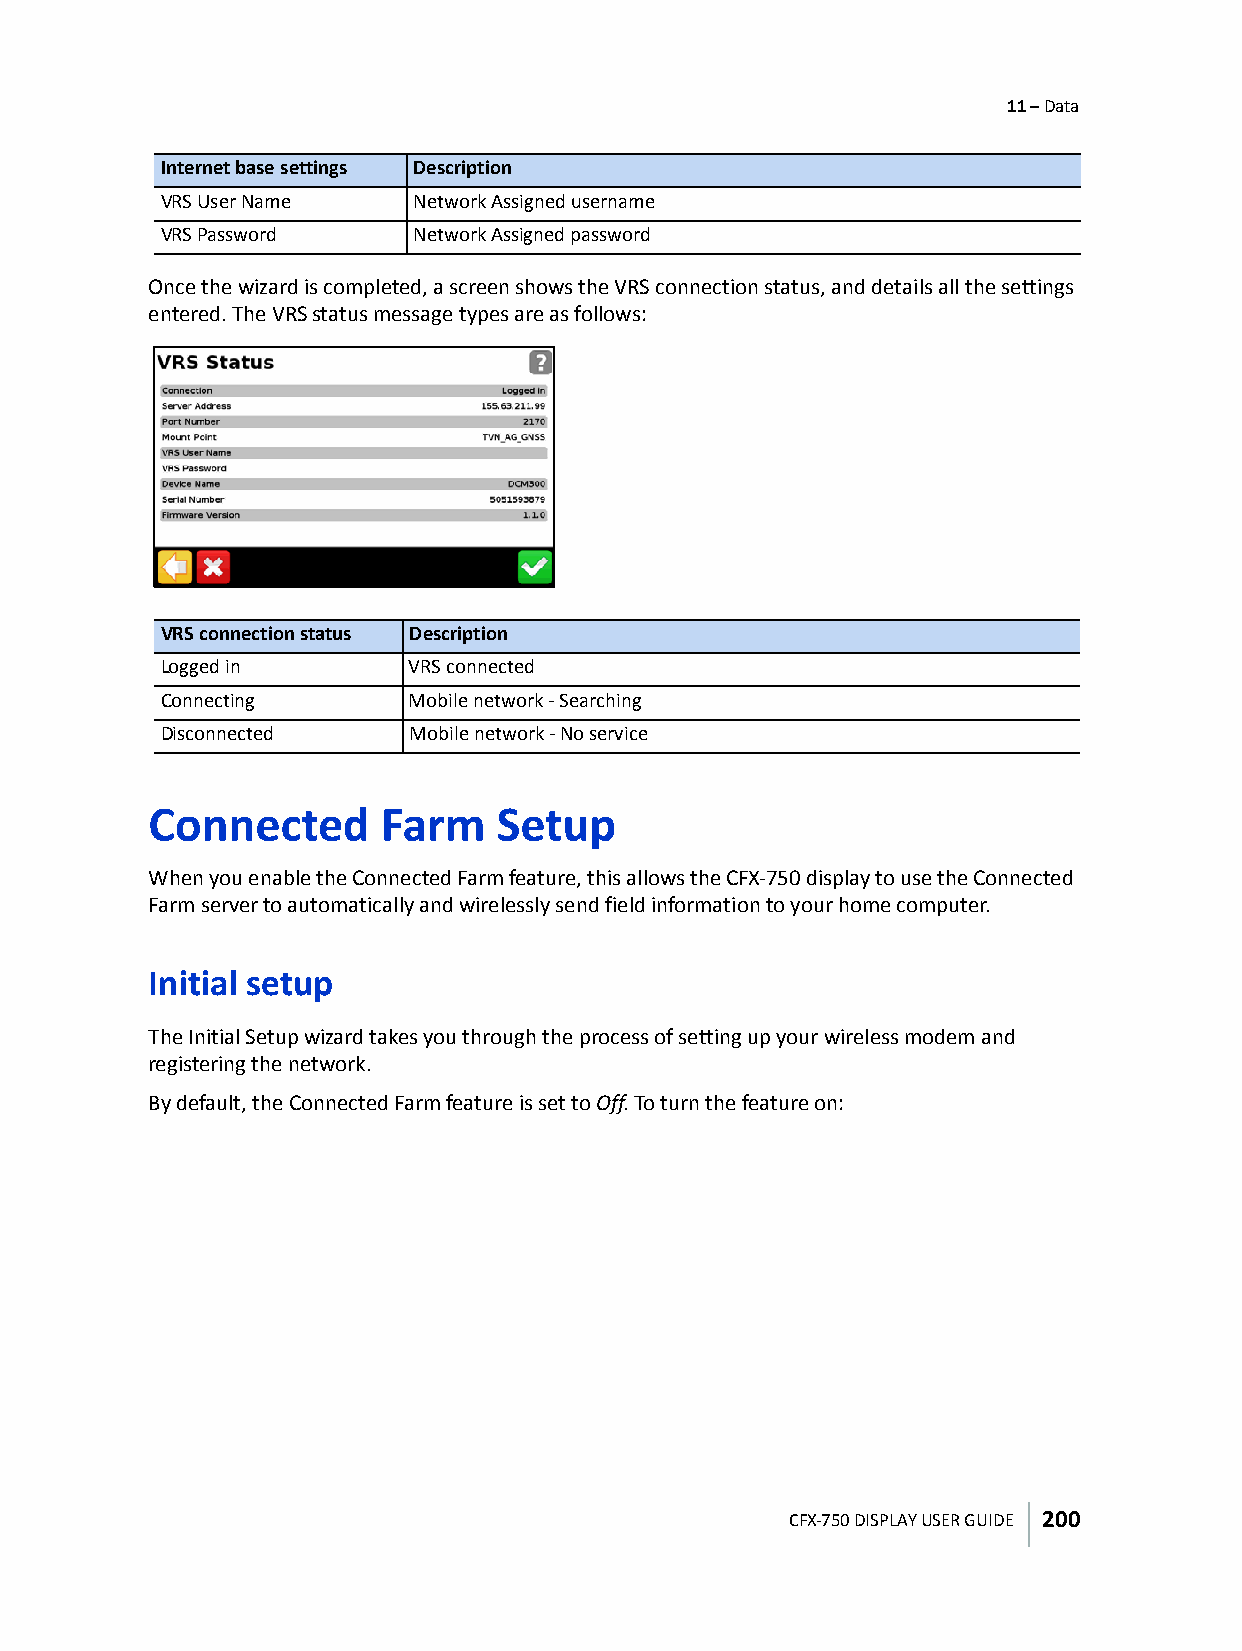
11 – Data
 Internet base settings Description
 VRS User Name   Network Assigned username
 VRS Password    Network Assigned password
 Once the wizard is completed, a screen shows the VRS connection status, and details all the settings
 entered. The VRS status message types are as follows:
 VRS connection status Description
 Logged in       VRS connected
 Connecting      Mobile network - Searching
 Disconnected    Mobile network - No service
 Connected      Farm    Setup
 When you enable the Connected Farm feature, this allows the CFX-750 display to use the Connected
 Farm server to automatically and wirelessly send field information to your home computer.
 Initial setup
 The Initial Setup wizard takes you through the process of setting up your wireless modem and
 registering the network.
 By default, the Connected Farm feature is set to Off. To turn the feature on:
 CFX-750 DISPLAY USER GUIDE 200